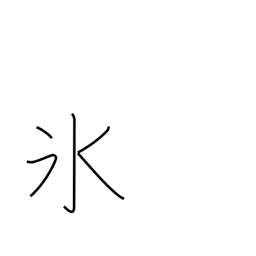
Meaning: freeze